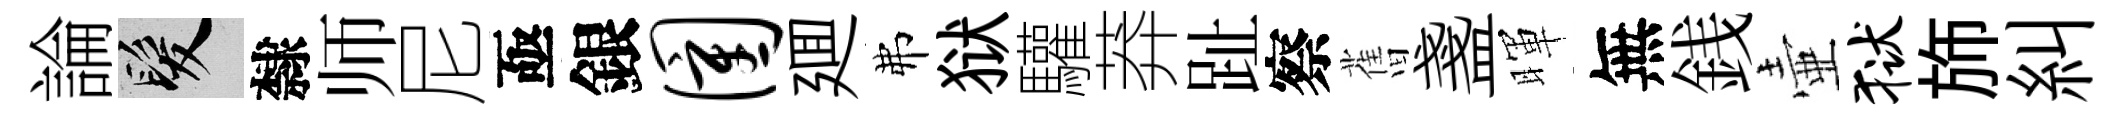
論髮隸师尼亟銀圉廽弗狱驩莽趾察𦾔盞暉無銭壷狱斾糾